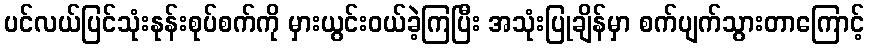
ပင်လယ်ပြင်သုံးနုန်းစုပ်စက်ကို မှားယွင်းဝယ်ခဲ့ကြပြီး အသုံးပြုချိန်မှာ စက်ပျက်သွားတာကြောင့်